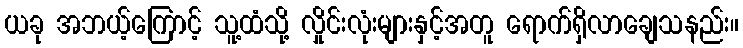
ယခု အဘယ့်ကြောင့် သူ့ထံသို့ လှိုင်းလုံးများနှင့်အတူ ရောက်ရှိလာချေသနည်း။